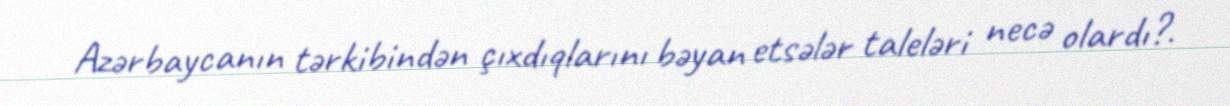
Azərbaycanın tərkibindən çıxdıqlarını bəyan etsələr taleləri necə olardı?.